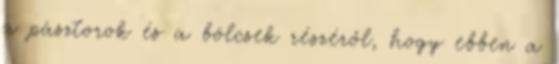
a pásztorok és a bölcsek részéről, hogy ebben a